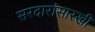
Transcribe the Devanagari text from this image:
सरदारांसारखी